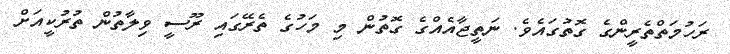
ރަހުމަތްތެރީންގެ ގޮތުގައެވެ. ނަތީޖާއެއްގެ ގޮތުން މި މަހުގެ ތެރޭގައި ރޫސީ ވިލާތުން ތުރުކީއަށް